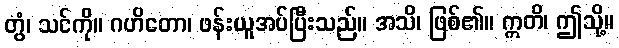
တွံ၊ သင်ကို။ ဂဟိတော၊ ဖန်းယူအပ်ပြီးသည်။ အသိ၊ ဖြစ်၏။ ဣတိ၊ ဤသို့။